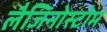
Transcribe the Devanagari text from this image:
लैजिनोस्टोम